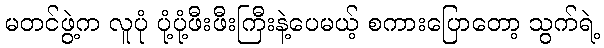
မတင်ဖွဲ့က လူပုံ ပုံ့ပုံ့ဖီးဖီးကြီးနဲ့ပေမယ့် စကားပြောတော့ သွက်ရဲ့